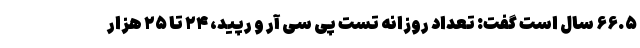
۶۶.۵ سال است گفت: تعداد روزانه تست پی سی آر و رپید، ۲۴ تا ۲۵ هزار